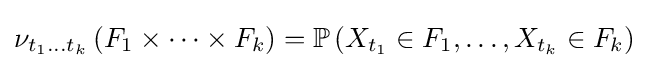
\nu _{t_{1}\dots t_{k}}\left(F_{1}\times \dots \times F_{k}\right)=\mathbb {P} \left(X_{t_{1}}\in F_{1},\dots ,X_{t_{k}}\in F_{k}\right)